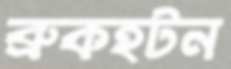
ব্রুকহটন